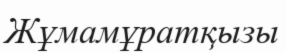
Жұмамұратқызы